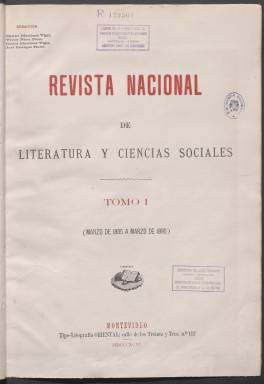
Título: Revista nacional de literatura y ciencias sociales
Colección: Literatura
Ámbito geográfico: Uruguay
Lugar de publicación: Montevideo
Fechas: 01/01/1895-25/11/1897